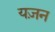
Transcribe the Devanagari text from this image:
यज़न